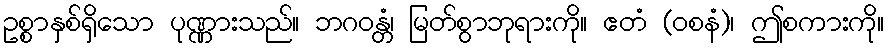
ဥစ္စာနှစ်ရှိသော ပုဏ္ဏားသည်။ ဘဂဝန္တံ၊ မြတ်စွာဘုရားကို။ ဧတံ (ဝစနံ)၊ ဤစကားကို။